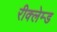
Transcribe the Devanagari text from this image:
रीक्लेम्ड